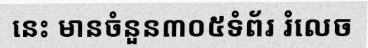
នេះ មានចំនួន៣០៥ទំព័រ រំលេច